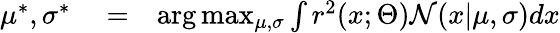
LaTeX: \begin{array}{rlr}{\mu^{*},\sigma^{*}}&{{}=}&{\arg\operatorname*{max}_{\mu,\sigma}\int r^{2}(x;\Theta)\mathcal{N}(x|\mu,\sigma)dx}\end{array}